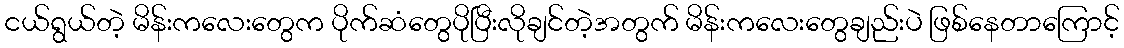
ငယ်ရွယ်တဲ့ မိန်းကလေးတွေက ပိုက်ဆံတွေပိုပြီးလိုချင်တဲ့အတွက် မိန်းကလေးတွေချည်းပဲ ဖြစ်နေတာကြောင့်